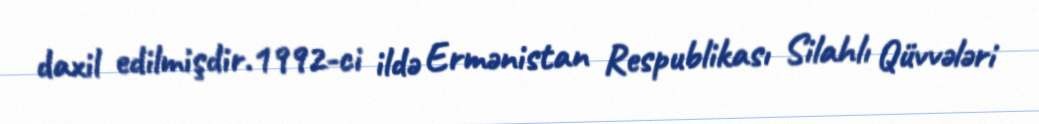
daxil edilmişdir.1992-ci ildə Ermənistan Respublikası Silahlı Qüvvələri